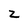
Character: z